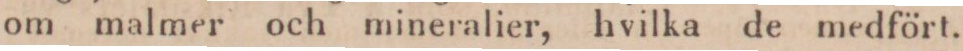
om malmer och mineralier, hvilka de medfört.